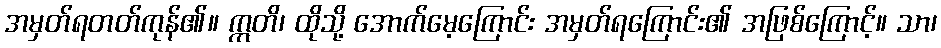
အမှတ်ရတတ်ကုန်၏။ ဣတိ၊ ထိုသို့ အောက်မေ့ကြောင်း အမှတ်ရကြောင်း၏ အဖြစ်ကြောင့်။ သာ၊